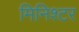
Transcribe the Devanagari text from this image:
मिनिश्टर